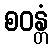
စဝန္တံ